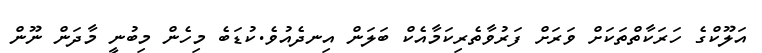
އަލޫކްގެ ހަރަކާތްތަކަށް ވަރަށް ފަރުވާތެރިކަމާއެކް ބަލަން އިނދެއުވެ.ކުޑަބެ މިހެން މިބުނީ މާދަން ނޫން